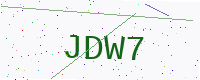
Text: JDW7